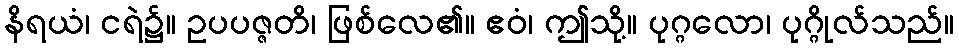
နိရယံ၊ ငရဲ၌။ ဥပပဇ္ဇတိ၊ ဖြစ်လေ၏။ ဧဝံ၊ ဤသို့။ ပုဂ္ဂလော၊ ပုဂ္ဂိုလ်သည်။